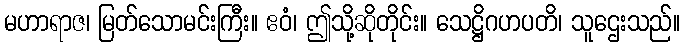
မဟာရာဇ၊ မြတ်သောမင်းကြီး။ ဧဝံ၊ ဤသို့ဆိုတိုင်း။ သေဋ္ဌိဂဟပတိ၊ သူဌေးသည်။